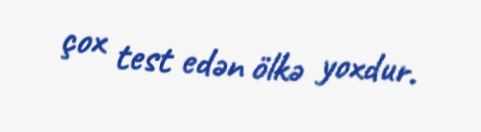
çox test edən ölkə yoxdur.